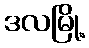
ဒလမြို့